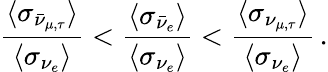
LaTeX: \frac{\langle\sigma_{\bar{\nu}_{\mu,\tau}}\rangle}{\langle\sigma_{\nu_{e}}\rangle}<\frac{\langle\sigma_{\bar{\nu}_{e}}\rangle}{\langle\sigma_{\nu_{e}}\rangle}<\frac{\langle\sigma_{\nu_{\mu,\tau}}\rangle}{\langle\sigma_{\nu_{e}}\rangle}\, .